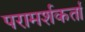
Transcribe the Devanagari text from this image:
परामर्शकर्ता